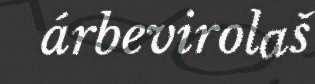
árbevirolaš